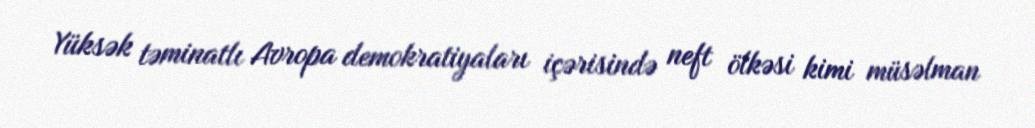
Yüksək təminatlı Avropa demokratiyaları içərisində neft ölkəsi kimi müsəlman